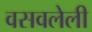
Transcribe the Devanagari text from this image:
वसवलेली